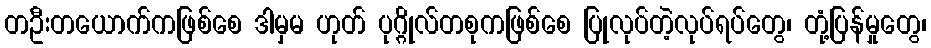
တဦးတယောက်ကဖြစ်စေ ဒါမှမ ဟုတ် ပုဂ္ဂိုလ်တစုကဖြစ်စေ ပြုလုပ်တဲ့လုပ်ရပ်တွေ၊ တုံ့ပြန်မှုတွေ၊